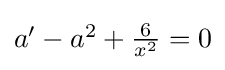
{\textstyle a'-a^{2}+{\frac {6}{x^{2}}}=0}